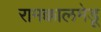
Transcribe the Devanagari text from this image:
रामक्कालमेडू